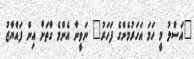
"އަސްލު މީ ހަމަ އަހަރުމެންގެ ފަހަރު" ނަވީނާ އެންމެ ގާތަށް އިން ފައްޔާޒު